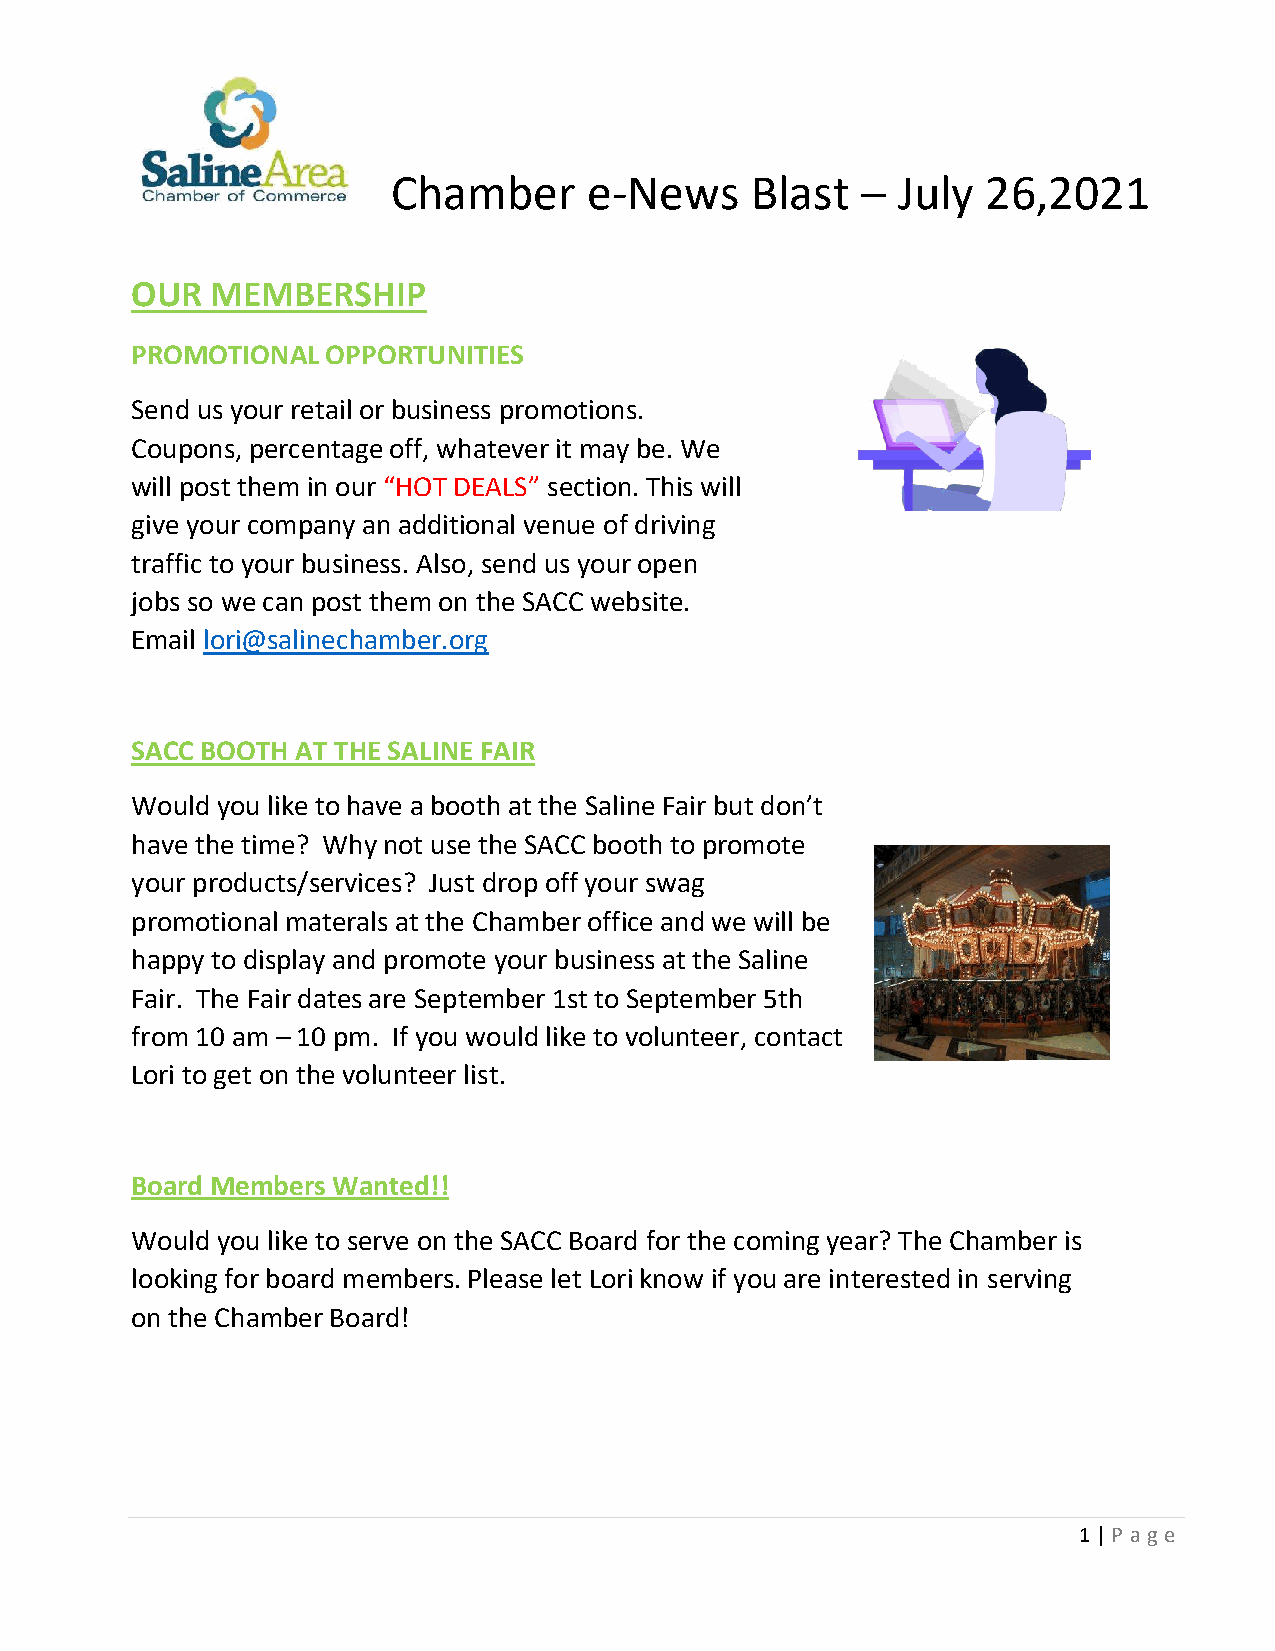
Chamber      e-News     Blast    July  26,2021
 –
 OUR  MEMBERSHIP
 PROMOTIONAL  OPPORTUNITIES
 Send us your retail or business promotions.
 Coupons, percentage off, whatever it may be. We
 will post them in our “HOT DEALS” section. This will
 give your company an additional venue of driving
 traffic to your business. Also, send us your open
 jobs so we can post them on the SACC website.
 Email lori@salinechamber.org
 SACC BOOTH AT THE SALINE FAIR
 Would you like to have a booth at the Saline Fair but don’t
 have the time? Why not use the SACC booth to promote
 your products/services? Just drop off your swag
 promotional materals at the Chamber office and we will be
 happy to display and promote your business at the Saline
 Fair. The Fair dates are September 1st to September 5th
 from 10 am – 10 pm. If you would like to volunteer, contact
 Lori to get on the volunteer list.
 This Photo by Unknown
 Board Members Wanted!!
 Would you like to serve on the SACC Board for the coming year? The Chamber is
 looking for board members. Please let Lori know if you are interested in serving
 on the Chamber Board!
 1 | P age